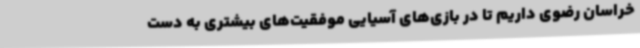
خراسان رضوی داریم تا در بازی‌های آسیایی موفقیت‌های بیشتری به دست